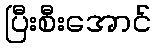
ပြီးစီးအောင်